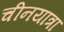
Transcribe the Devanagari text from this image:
चीनयात्रा